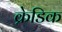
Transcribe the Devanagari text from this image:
क्रेडिक